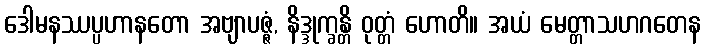
ဒေါမနဿပ္ပဟာနတော အဗျာပဇ္ဇံ, နိဒ္ဒုက္ခန္တိ ဝုတ္တံ ဟောတိ။ အယံ မေတ္တာသဟဂတေန